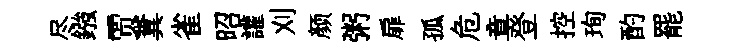
尽鏹贾糞雀昭讙刈颜粥扉孤危章登控珣酌罷